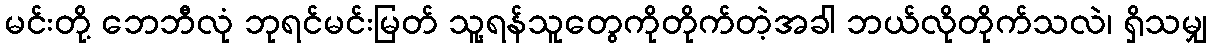
မင်းတို့ ဘေဘီလုံ ဘုရင်မင်းမြတ် သူ့ရန်သူတွေကိုတိုက်တဲ့အခါ ဘယ်လိုတိုက်သလဲ၊ ရှိသမျှ